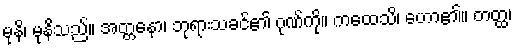
မုနိ၊ မုနိသည်။ အတ္တနော၊ ဘုရားသခင်၏ ဂုဏ်ကို။ ကထေသိ၊ ဟော၏။ တတ္ထ၊